Annual administration report of the Civil Veterinary Department, Ajmere-Merwara, British Rajputana - 1914-1940
Year: 1914
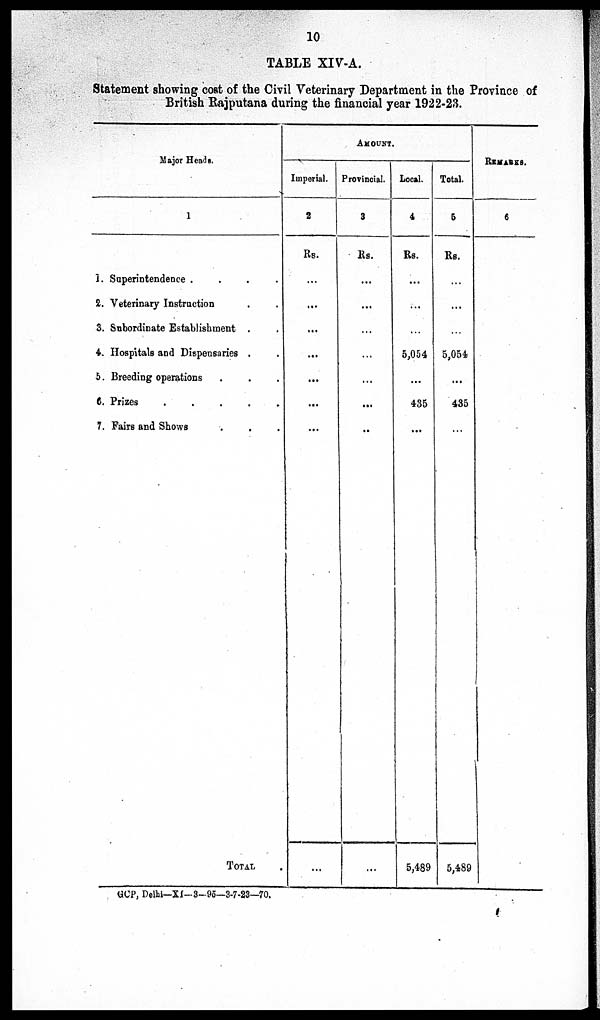
10
TABLE XIV-A.
Statement showing cost of the Civil Veterinary Department in the Province of
British Rajputana during the financial year 1922-23.
Major Heads.
1
1. Superintendence .
.
.
.
2. Veterinary Instruction . .
3. Subordinate Establishment . .
4. Hospitals and Dispensaries . .
5. Breeding operations . . .
6. Prizes
.
.
.
.
.
7. Fairs and Shows . . .
TOTAL
AMOUNT.
Imperial.
2
Rs.
...
...
...
...
...
...
...
...
Provincial.
3
Rs.
...
...
...
...
...
...
...
...
Local.
4
Rs.
...
...
...
5,054
...
435
...
5,489
Total.
5
Rs.
...
...
...
5,054
...
435
...
5,489
REMARKS.
6
GCP, Delhi—XI-3-95—3-7-23—70.